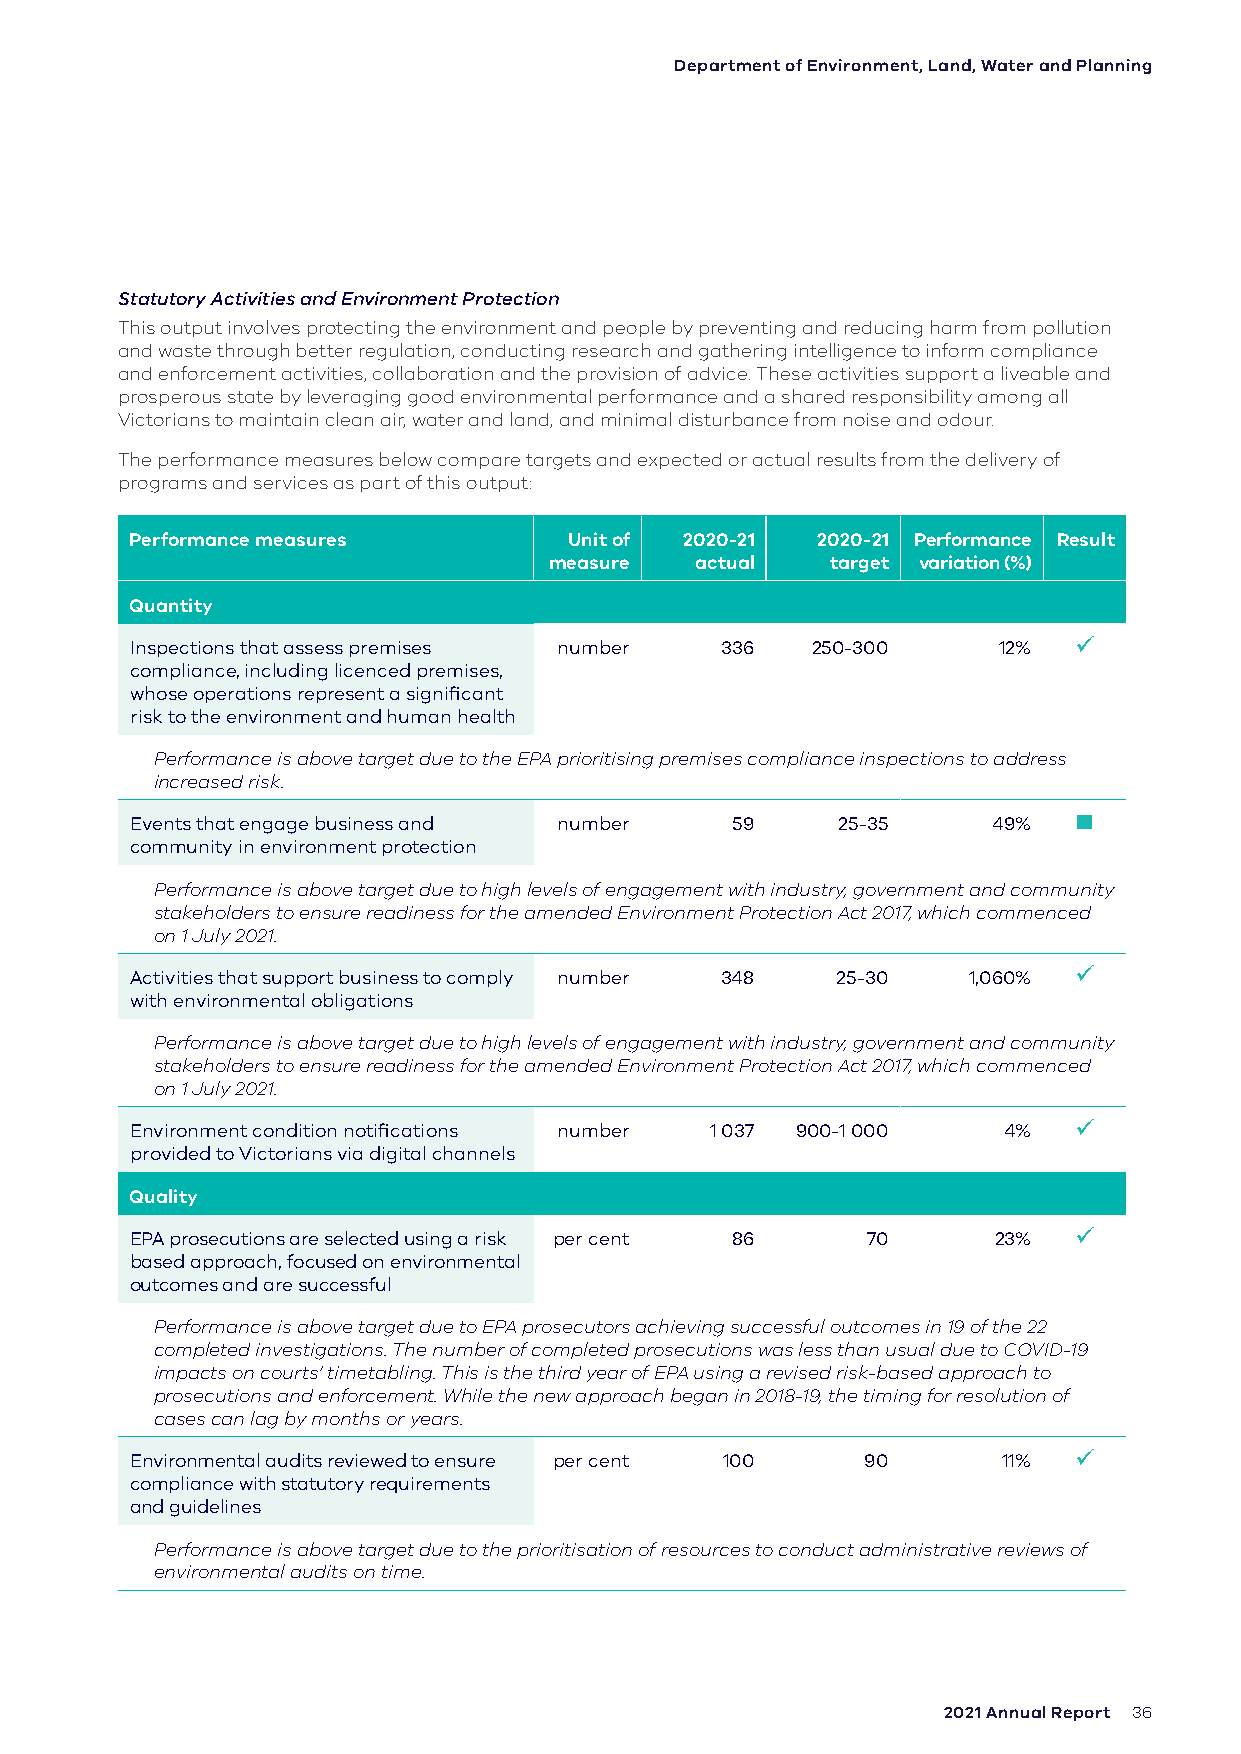
Department of Environment, Land, Water and Planning
 Statutory Activities and Environment Protection
 This output involves protecting the environment and people by preventing and reducing harm from pollution
 and waste through better regulation, conducting research and gathering intelligence to inform compliance
 and enforcement activities, collaboration and the provision of advice. These activities support a liveable and
 prosperous state by leveraging good environmental performance and a shared responsibility among all
 Victorians to maintain clean air, water and land, and minimal disturbance from noise and odour.
 The performance measures below compare targets and expected or actual results from the delivery of
 programs and services as part of this output:
 Performance measures         Unit of 2020-21 2020-21 Performance Result
 measure   actual   target variation (%)
 Quantity
 Inspections that assess premises number 336  250-300     12%  
 compliance, including licenced premises,
 whose operations represent a significant
 risk to the environment and human health
 Performance is above target due to the EPA prioritising premises compliance inspections to address
 increased risk.
 Events that engage business and number 59     25-35      49%  
 community in environment protection
 Performance is above target due to high levels of engagement with industry, government and community
 stakeholders to ensure readiness for the amended Environment Protection Act 2017, which commenced
 on 1 July 2021.
 Activities that support business to comply number 348 25-30 1,060% 
 with environmental obligations
 Performance is above target due to high levels of engagement with industry, government and community
 stakeholders to ensure readiness for the amended Environment Protection Act 2017, which commenced
 on 1 July 2021.
 Environment condition notifications number 1 037 900-1 000 4% 
 provided to Victorians via digital channels
 Quality
 EPA prosecutions are selected using a risk per cent 86 70 23% 
 based approach, focused on environmental
 outcomes and are successful
 Performance is above target due to EPA prosecutors achieving successful outcomes in 19 of the 22
 completed investigations. The number of completed prosecutions was less than usual due to COVID-19
 impacts on courts’ timetabling. This is the third year of EPA using a revised risk-based approach to
 prosecutions and enforcement. While the new approach began in 2018-19, the timing for resolution of
 cases can lag by months or years.
 Environmental audits reviewed to ensure per cent 100 90  11%  
 compliance with statutory requirements
 and guidelines
 Performance is above target due to the prioritisation of resources to conduct administrative reviews of
 environmental audits on time.
 2021 Annual Report 36